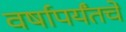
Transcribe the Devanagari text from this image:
वर्षापर्यंतचे